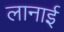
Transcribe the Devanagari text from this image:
लानाई